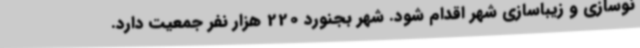
نوسازی و زیباسازی شهر اقدام شود. شهر بجنورد 220 هزار نفر جمعیت دارد.